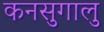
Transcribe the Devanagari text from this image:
कनसुगालु